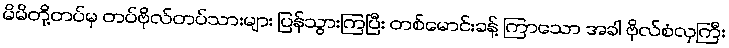
မိမိတို့တပ်မှ တပ်ဗိုလ်တပ်သားများ ပြန်သွားကြပြီး တစ်မောင်းခန့် ကြာသော အခါ ဗိုလ်စံလှကြီး